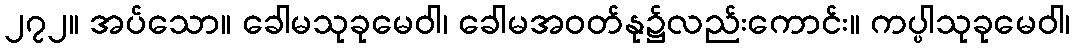
၂၇၂။ အပ်သော။ ခေါမသုခုမေဝါ၊ ခေါမအဝတ်နု၌လည်းကောင်း။ ကပ္ပါသုခုမေဝါ၊